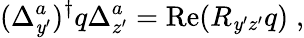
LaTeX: (\Delta_{\mathit{y}^{\prime}}^{a})^{\dagger}q\Delta_{z^{\prime}}^{a}=\mathrm{{Re}}(R_{\mathit{y}^{\prime}z^{\prime}}q)\; ,